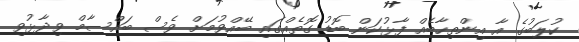
ކުލަބުގެ އާ އިންތިހާބެއް ފާޅުކަން ބޮޑު ގޮތެއްގައި ބޭއްވުމަށް ވެސް ބައްސާމް ވިދާޅުވި